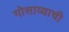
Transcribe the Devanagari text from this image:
गोसाव्याची